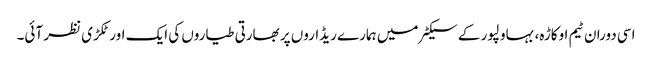
اسی دوران ٹیم اوکاڑہ، بہاولپور کے سیکٹر میں ہمارے ریڈاروں پر بھارتی طیاروں کی ایک اور ٹکڑی نظر آئی۔